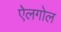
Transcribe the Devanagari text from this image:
ऐलगोल